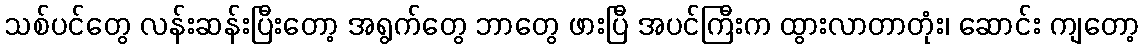
သစ်ပင်တွေ လန်းဆန်းပြီးတော့ အရွက်တွေ ဘာတွေ ဖားပြီ အပင်ကြီးက ထွားလာတာတုံး၊ ဆောင်း ကျတော့